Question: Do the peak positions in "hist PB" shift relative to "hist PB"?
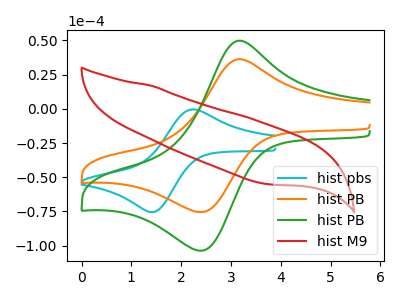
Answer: <think>The cyan curve "hist pbs" has an anodic peak at (2.25V, -0.45uA) and a cathodic peak at (1.45V, -75.55uA). The orange curve "hist PB" has an anodic peak at (3.15V, 36.20uA) and a cathodic peak at (2.40V, -75.55uA). The green curve "hist PB" has an anodic peak at (3.15V, 49.70uA) and a cathodic peak at (2.40V, -103.75uA). The red curve "hist M9" has no peaks.
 All the peaks in "hist PB" have a peak in "hist PB" at the same potential. Every peak in "hist PB" is lower than every peak in "hist PB".</think>
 <answer>No, "hist PB" and "hist PB" don't appear to be significantly different in shape</answer>
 <eval>no_change</eval>